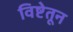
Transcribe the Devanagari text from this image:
विष्टेतून